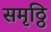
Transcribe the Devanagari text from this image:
समृठ्ठि